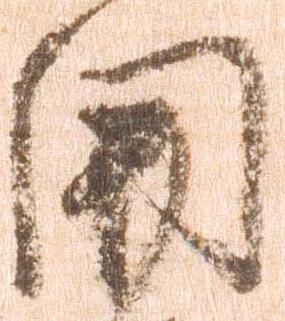
関